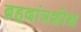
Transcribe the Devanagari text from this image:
ब्रहदांत्रशोथ